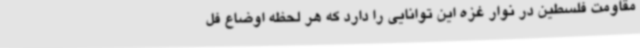
مقاومت فلسطین در نوار غزه این توانایی را دارد که هر لحظه اوضاع فل